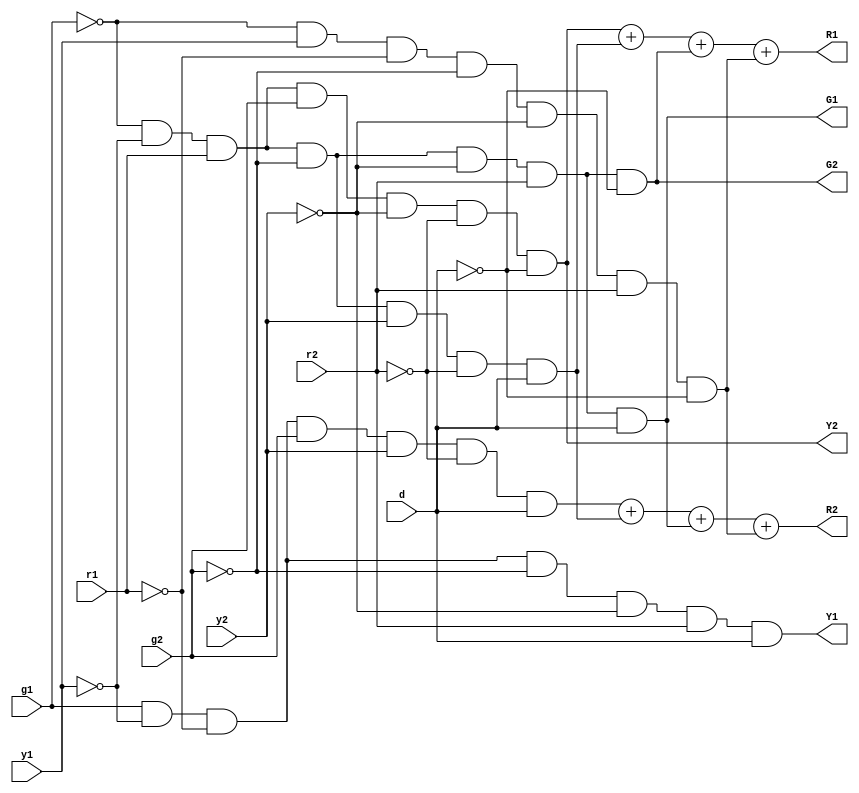
module traffic(g1,y1,r1,g2,y2,r2,d,G1,Y1,R1,G2,Y2,R2);
input g1,y1,r1,g2,y2,r2,d;
output G1,Y1,R1,G2,Y2,R2;
assign G1=!g1&!y1&r1&!g2&!y2&r2&d;
assign Y1=g1&!y1&!r1&!g2&!y2&r2&d;
assign G2=!g1&!y1&r1&!g2&!y2&r2&!d;
assign Y2=!g1&!y1&r1&g2&!y2&!r2&!d;
assign R1=(!g1&!y1&r1&g2&!y2&!r2&!d)+
(!g1&!y1&r1&!g2&y2&!r2&d)+
(!g1&!y1&r1&!g2&!y2&r2&!d)+
(!g1&y1&!r1&!g2&!y2&r2&!d);
assign R2=(g1&!y1&!r1&g2&y2&!r2&d)+
(!g1&!y1&r1&!g2&y2&!r2&d)+
(!g1&!y1&r1&!g2&!y2&r2&d)+
(!g1&y1&!r1&!g2&!y2&r2&!d);
endmodule

`timescale 1ns/1ps
module traffic_tb(led, clk);
input clk;
output [5:0] led;
reg g1,y1,r1,g2,y2,r2,d;
wire G1,Y1,R1,G2,Y2,R2;
traffic uut(.g1(g1),.y1(y1),.r1(r1),.g2(g2),.y2(y2),.r2(r2),.d(d),.G1(led[5]),.Y1(led[4]),.R1(led[3]),.G2(led[2]),.Y2(led[1]),.R2(led[0]));
initial begin
	g1=0;y1=0;r1=1;g2=0;y2=0;r2=1;d=0;
	#10;
	g1=0;y1=0;r1=1;g2=1;y2=0;r2=0;d=0;
	#10;
	g1=0;y1=0;r1=1;g2=0;y2=1;r2=0;d=1;
	#10;
	g1=0;y1=0;r1=1;g2=0;y2=0;r2=1;d=1;
	#10;
	g1=1;y1=0;r1=0;g2=0;y2=0;r2=1;d=1;
	#10;
	g1=0;y1=1;r1=0;g2=0;y2=0;r2=1;d=0;
	#10;
	g1=0;y1=0;r1=1;g2=0;y2=0;r2=1;d=0;
	#10;
end 
//parameter cntmax=32'd100000000;
//reg [31:0] cnt;
//always @(posedge clk)
//    if (cnt==cntmax)
//	begin
//		cnt<=32'd0;

//	end
//	else
//	begin
//		cnt<=cnt+32'd1;	
//	end
endmodule